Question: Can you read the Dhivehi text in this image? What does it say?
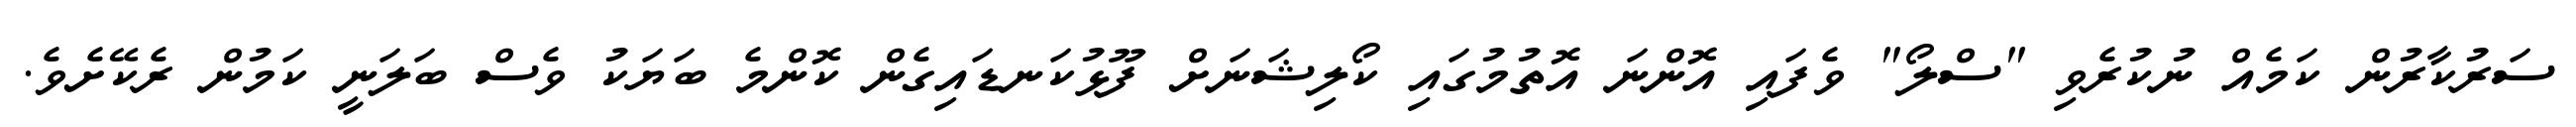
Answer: ސަރުކާރުން ކަމެއް ނުކުރެވި "ސްލޯ" ވެފައި އޮންނަ އޮތުމުގައި ކޯލިޝަނަށް ފޫޅުކަނޑައިގެން ކޮންމެ ބަޔަކު ވެސް ބަލަނީ ކަމުން ރެކޭށެވެ.